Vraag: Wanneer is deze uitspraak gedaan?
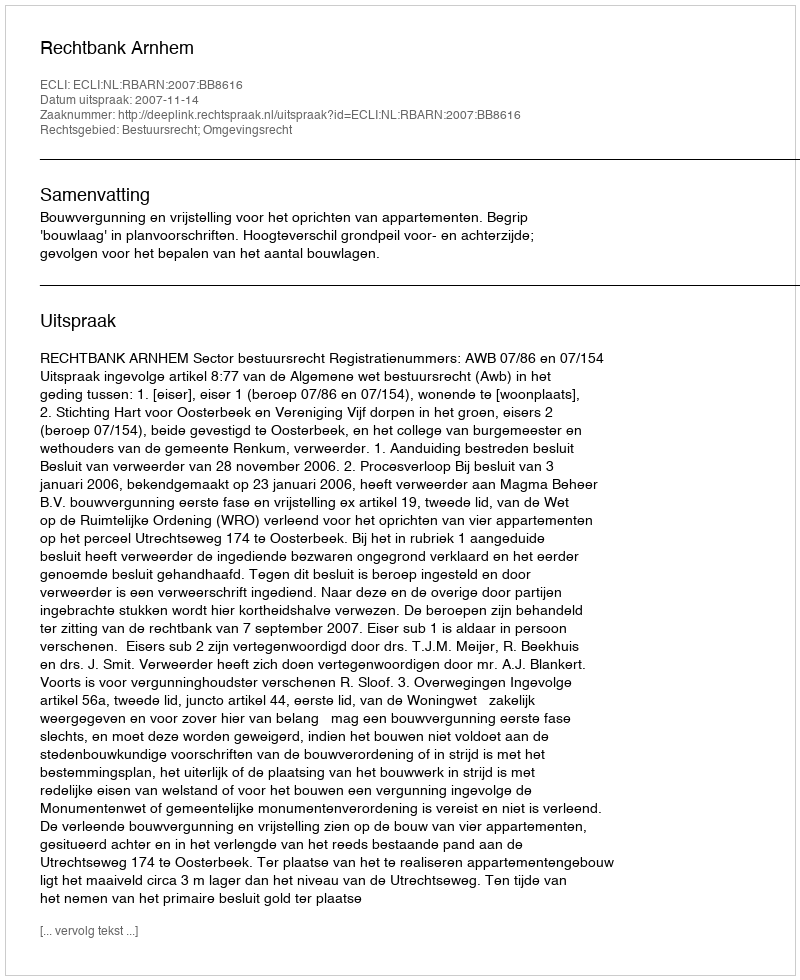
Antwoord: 2007-11-14